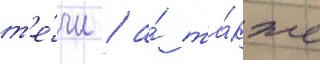
т'е́чи / а́ та́кже